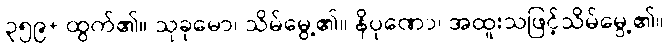
၃၅၉+ ထွက်၏။ သုခုမော၊ သိမ်မွေ့၏။ နိပုဏော၊ အထူးသဖြင့်သိမ်မွေ့၏။